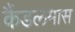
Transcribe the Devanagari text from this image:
कैंडलमास